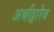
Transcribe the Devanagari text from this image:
अर्थाद्वारेच